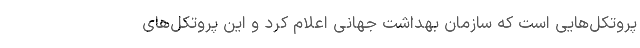
پروتکل‌هایی است که سازمان بهداشت جهانی اعلام کرد و این پروتکل‌های